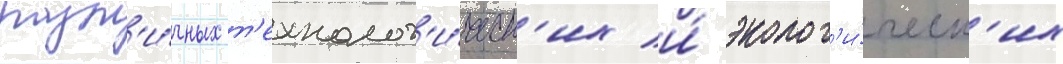
разл'и́чных т'ехнолог'и́ческ'их и́ эколог'и́ческ'их